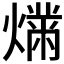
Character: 𬋉